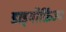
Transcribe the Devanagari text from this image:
डाइमॉर्फ़िज्म